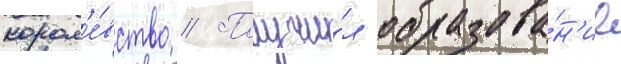
корол'е́вство // Получи́л образова́н'ие